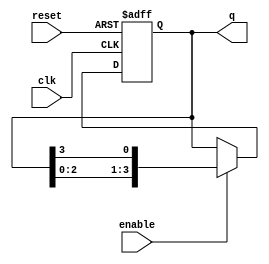
module ring_counter #(
    parameter N = 4  // Number of flip-flops (states)
)(
    input wire clk,       // Clock input
    input wire reset,     // Asynchronous reset
    input wire enable,    // Clock enable
    output reg [N-1:0] q  // Output state
);

// Initial state
initial begin
    q = 1'b1; // Start with the first flip-flop set to '1'
end

// Always block triggered on the rising edge of the clock or reset
always @(posedge clk or posedge reset) begin
    if (reset) begin
        q <= 1'b1; // Reset to initial state
    end else if (enable) begin
        // Shift the '1' to the right
        q <= {q[N-2:0], q[N-1]}; // Circular shift
    end
end

endmodule